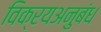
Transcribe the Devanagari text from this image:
विक्रयअनुबंध